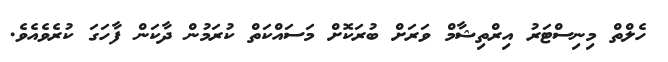
ހެލްތް މިނިސްޓަރު އިރްތިޝާމް ވަރަށް ބުރަކޮށް މަސައްކަތް ކުރަމުން ދާކަން ފާހަގަ ކުރެވެއެވެ.